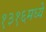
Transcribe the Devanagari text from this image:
१३१६मध्ये